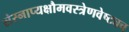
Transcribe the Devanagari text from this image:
संस्नाप्यक्षौमवस्त्रेणवेष्ट्यच